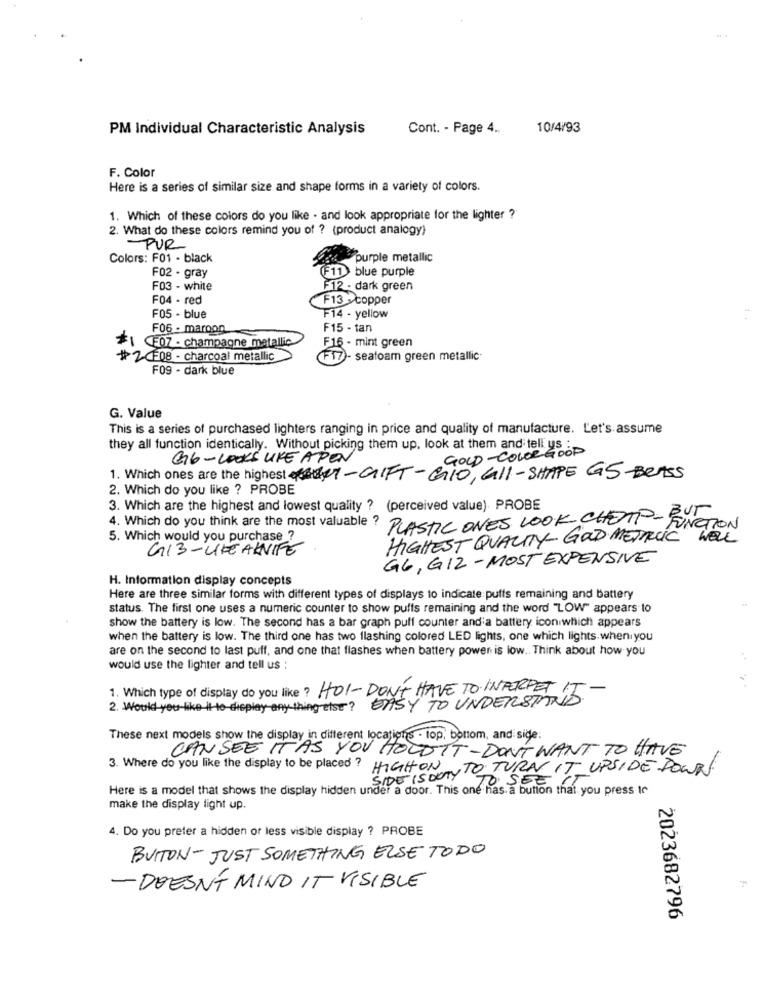
PM Individual Characteristic Analysis
Cont. - Page 4.
10/4/93
F. Color
Here is a series of similar size and shape forms in a variety of colors.
1. Which of these colors do you like . and look appropriate for the lighter ?
2. What do these colors remind you of ? (product analogy)
PUR
Colors: F01 - black
purple metallic
(F11) blue purple
F02 . gray
F03 - white
F12 - dark green
F04 - red
F13 -copper
-
F05 - blue
F14 - yellow
F06 - maroon
F15 - tan
F16 - mint green
$1 CE07 . champagne metallic
#2CF08 - charcoal metallic
- seafoam green metallic.
F09 - dark blue
G. Value
This is a series of purchased lighters ranging in price and quality of manufacture. Let's assume
they all function identically. Without picking them up. look at them and tell us :
GOLD-COLORGOOD
GG- LOOKS LIKE APEN
1. Which ones are the highestdet- GIFT -GIO, Call - SHAPE GS-BeASS
2. Which do you like ? PROBE
3. Which are the highest and lowest quality ? (perceived value). PROBE
4. Which do you think are the most valuable ?
PLASTIC ONES LOOK CHEAP- BUT
FUNCTION
5. Which would you purchase ?
HIGHEST QUALITY- GOD METALLIC WELL
GI3-LIKEAKNIFE
GG, GIZ -MOST EXPENSIVE
H. Information display concepts
Here are three similar forms with different types of displays to indicate puffs remaining and battery
status. The first one uses a numeric counter to show puffs remaining and the word "LOW" appears to
show the battery is low. The second has a bar graph puff counter and a battery icon which appears
when the battery is low. The third one has two flashing colored LED lights, one which lights when you
are on the second to last puff, and one that flashes when battery power is low .. Think about how you
would use the lighter and tell us :
1. Which type of display do you like? HOL-DON'T HAVE TO INPERPET 17
2. Would you like It-to display anything else? EASY TO UNDERSTAND
These next models show the display in different locations - top, bottom, and side:
CAN SEE IT AS YOU HOLDIT-DON'T WANT TO HAVE
3. Where do you like the display to be placed ?
SIDE ISWAY TO TURN IT UPSIDE DOWN
HIGHON
SEE !
Here is a model that shows the display hidden under a door. This one has a button that you press to
make the display light up.
4. Do you prefer a hidden or less visible display ? PROBE
BUTTON - JUST SOMETHING ELSE TODO
- DOESN'T MIND IT VISIBLE
2023682796